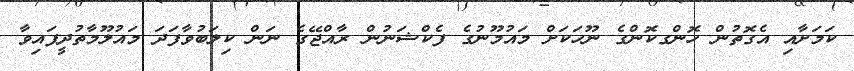
ކަމަށާއި އެގޮތުން ހޮންގކޮންގެ ނޫހަކަށް މައުމޫނުގެ ފެކްޝަނުން ރާއްޖޭގެ ނަން ކިލަބުވާފަދަ މައުލޫމާތުދީފައިވާ